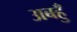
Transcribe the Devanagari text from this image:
अबहुँ